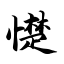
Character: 憷